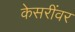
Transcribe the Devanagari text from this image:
केसरींवर